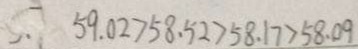
5 . 5 9 . 0 2 > 5 8 . 5 2 > 5 8 . 1 7 > 5 8 . 0 9